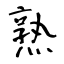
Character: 熟